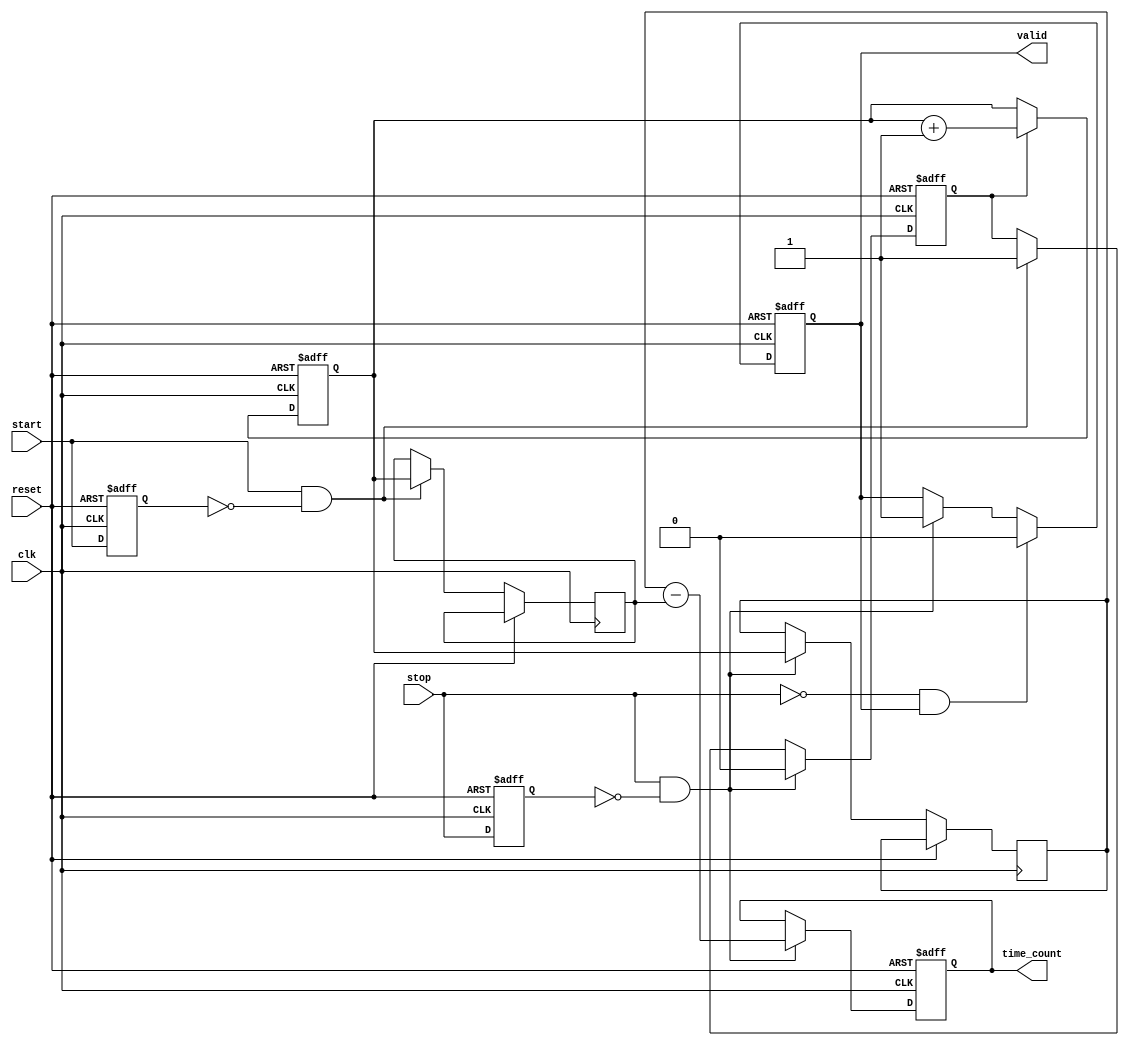
module synchronized_tdc (
    input wire clk,        // Clock signal
    input wire start,      // Start signal
    input wire stop,       // Stop signal
    input wire reset,      // Reset signal
    output reg [N-1:0] time_count, // Time count output
    output reg valid       // Valid signal output
);
    parameter N = 32; // Bit width of the counter

    reg [N-1:0] start_time; // Register to store start timestamp
    reg [N-1:0] stop_time;  // Register to store stop timestamp
    reg counting;           // State to indicate if we are counting

    // Edge detection for start and stop signals
    reg start_reg, stop_reg;
    
    always @(posedge clk or posedge reset) begin
        if (reset) begin
            start_reg <= 1'b0;
            stop_reg <= 1'b0;
            counting <= 1'b0;
            time_count <= 0;
            valid <= 1'b0;
        end else begin
            // Rising edge detection for start signal
            if (start && !start_reg) begin
                start_time <= counter; // Capture start time
                counting <= 1'b1;      // Start counting
            end
            start_reg <= start;

            // Rising edge detection for stop signal
            if (stop && !stop_reg) begin
                stop_time <= counter;  // Capture stop time
                counting <= 1'b0;      // Stop counting
                time_count <= stop_time - start_time; // Calculate time count
                valid <= 1'b1;         // Indicate time count is valid
            end
            stop_reg <= stop;

            // Reset valid signal after reading
            if (!stop && valid) begin
                valid <= 1'b0;         // Clear valid signal until next measurement
            end
        end
    end

    // Counter logic
    reg [N-1:0] counter;
    
    always @(posedge clk or posedge reset) begin
        if (reset) begin
            counter <= 0; // Reset counter
        end else if (counting) begin
            counter <= counter + 1; // Increment counter when counting
        end
    end

endmodule